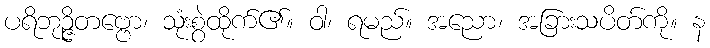
ပရိဘုဉ္ဇိတဗ္ဗော၊ သုံးစွဲထိုက်၏။ ဝါ၊ ရမည်။ အညော၊ အခြားသပိတ်ကို။ န